Civil Veterinary Dept. Assam report 1927-50 - 1927-1950
Year: 1927
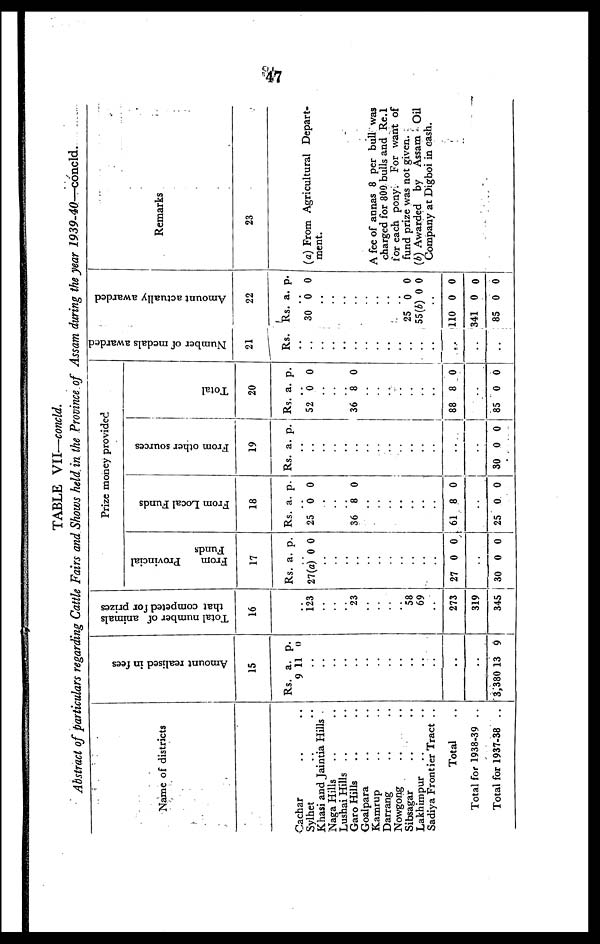
41
TABLE VII—concld.
Abstract of particulars regarding Cattle Fairs and Shows held in the Province of Assam during the year 1939-40—concld.
Name of districts
Cachar .. ..
Sylhet .. ..
Khasi and Jaintia Hills .
Naga Hills .. ..
Lushai Hills .. ..
Garo Hills .. ..
Goalpara .. ..
Kamrup .. ..
Darrang .. ..
Nowgong .. ..
Sibsagar .. ..
Lakhimpur .. ..
Sadiya Frontier Tract ..
Total ..
Total for 1938-39 ..
Total for 1937-38 ..
Amount realised in fees
15
Rs.
9
..
..
..
..
..
..
..
..
..
..
..
..
..
..
3,380
a.
11
13
p.
0
9
Tot al number of animals
that competed for prizes
16
.. 123
..
..
..
23
..
..
..
..
58
69
..
273
319
345
Prize money provided
From Provincial
Funds
17
Rs.
..
27(a
..
..
..
..
..
..
..
..
..
..
..
27
..
30
a.
) 0
0
0
p.
0
0
0
From Local Funds
18
Rs.
..
25
..
..
..
36
..
..
..
..
..
..
..
61
..
25
a.
0
8
8
0
p.
0
0
0
0
From other sources
19
Rs. a. p.
..
..
..
..
..
..
..
..
..
..
..
..
..
..
..
30 0 0
Total
20
Rs.
..
52
..
..
..
36
..
..
..
..
..
88
..
85
a.
0
8
8
0
p.
0
0
..
..
0
0
Number of medals awarded
21
Rs.
..
..
..
..
..
..
..
..
..
..
..
..
..
..
..
..
Amount actually awarded
22
Rs.
.. 30
..
..
..
..
..
..
..
..
25
55(b
110
341
85
a.
0
0
) 0
0
0
0
p.
0
0
0
..
0
0
0
Remarks
23
(a) From Agricultural Depart-
ment.
A fee of annas 8 per bull was
charged for 800 bulls and Re.1
for each pony. For want of
fund prize was not given.
(b) Awarded by Assam Oil
Company at Digboi in cash.